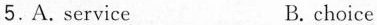
5.A. Service B. choice